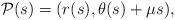
LaTeX: \begin{align*}\mathcal{P}(s)=(r(s),\theta(s)+{\mu}s),\end{align*}